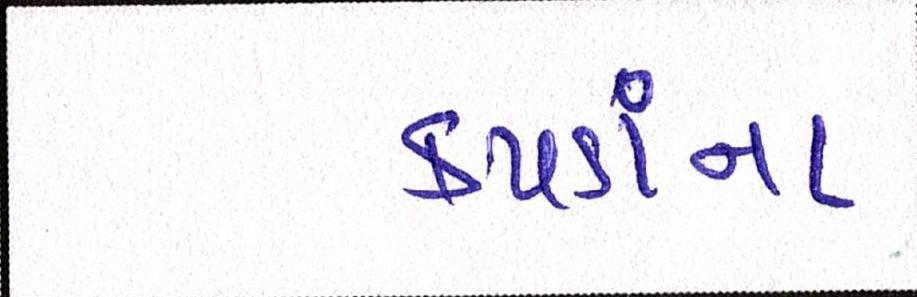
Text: કપડાંના